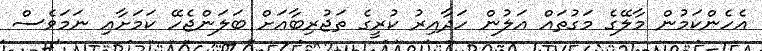
އެހެންކަމުން މާލޭގެ މަގުތައް އަލުން ހަދާއިރު ކުރީގެ ތަޖުރިބާއަށް ބަލަންޖެހޭ ކަމަށާއި ނަަމަވެސް